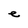
Character: e